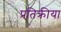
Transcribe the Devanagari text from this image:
प्रतिक्रीया